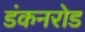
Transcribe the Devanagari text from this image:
डंकनरोड